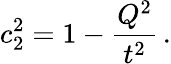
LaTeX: c_{2}^{2}=1-\frac{Q^{2}}{t^{2}}\, .